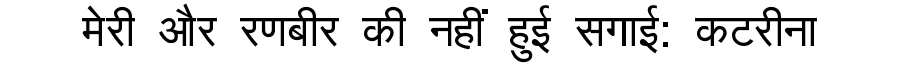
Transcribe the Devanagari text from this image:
मेरी और रणबीर की नहीं हुई सगाई: कटरीना